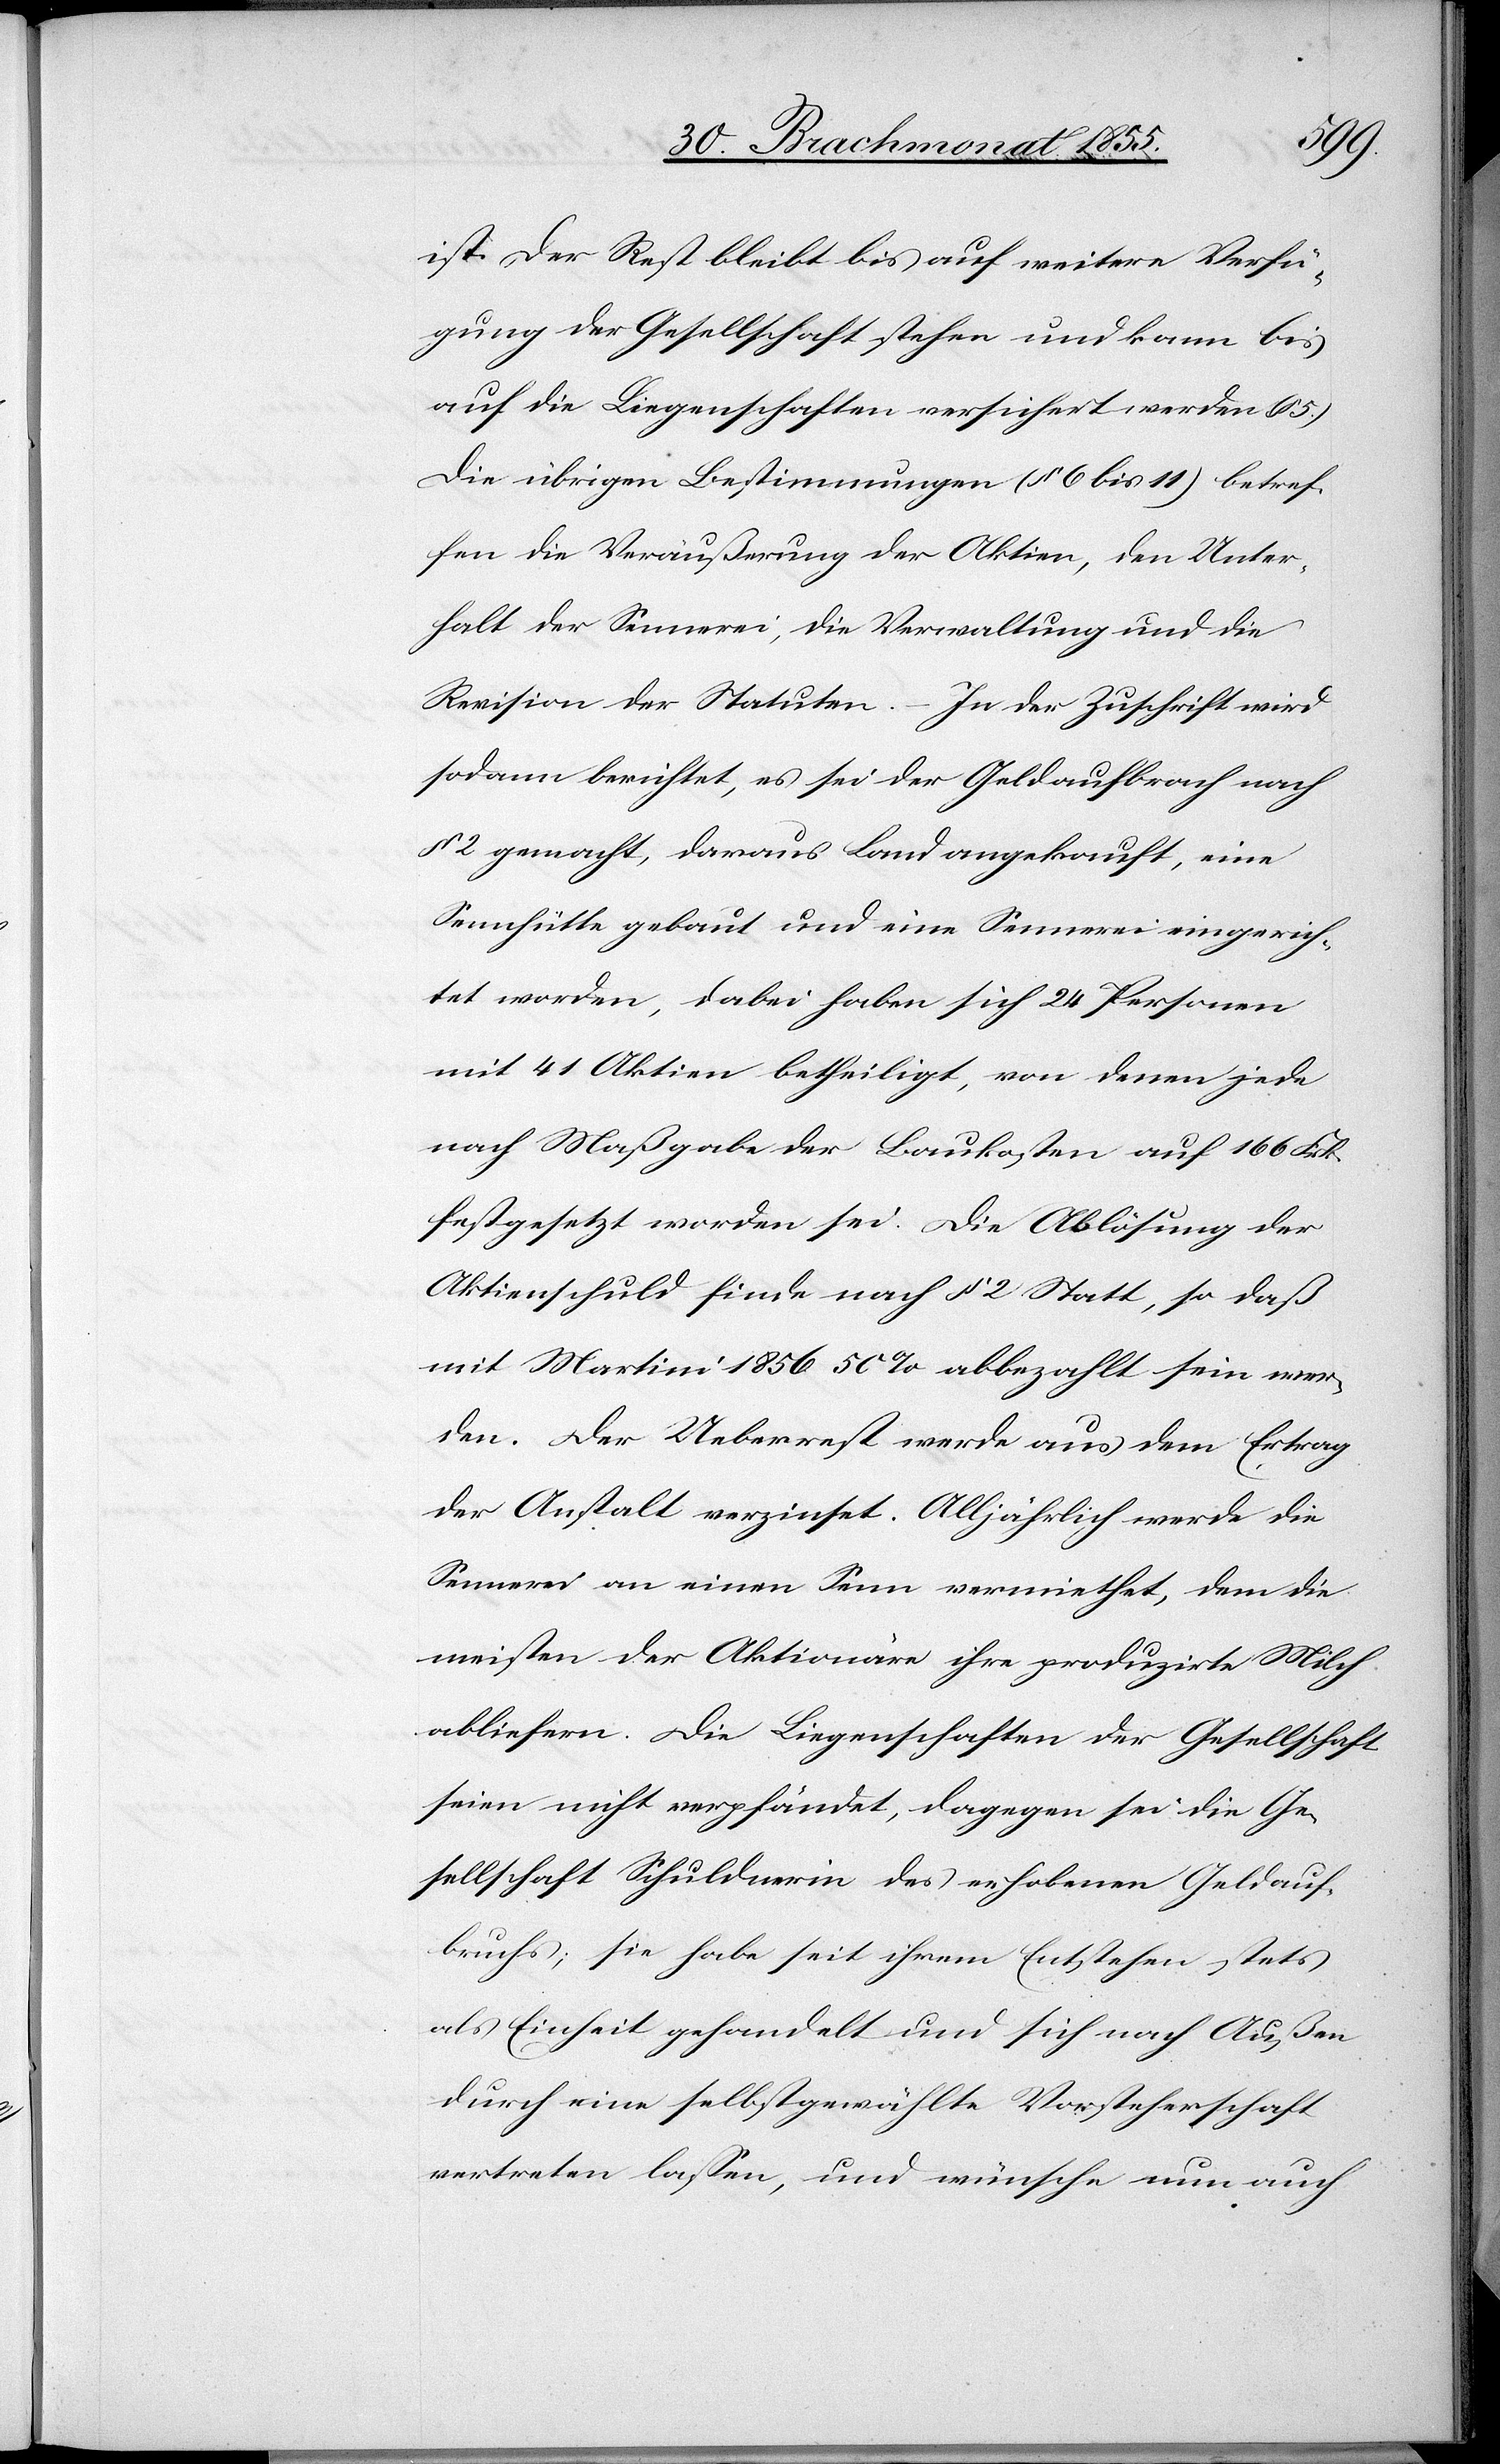
nach
ist. Der Rest bleibt bis auf weitere Verfü¬
gung der Gesellschaft stehen und kann bis
auf die Liegenschaften versichert werden (§ 5.)
Die übrigen Bestimmungen (§ 6 bis 11) betref¬
fen die Veräußerung der Aktien, den Unter¬
halt der Sennerei, die Verwaltung und die
Revision der Statuten. – In der Zuschrift wird
sodann berichtet, es sei der Geldaufbrach [rec¬
§ 2 gemacht, daraus Land angekauft, eine
Sennhütte gebaut und eine Sennerei eingerich¬
tet worden, dabei haben sich 24 Personen
mit 41 Aktien betheiligt, von denen jede
nach Maßgabe der Baukosten auf 166 Frk.
festgesetzt worden sei. Die Ablösung der
Aktienschuld finde nach § 2 Statt, so daß
mit Martini 1856 50% abbezahlt sein wer¬
den. Der Ueberrest werde aus dem Ertrag
der Anstalt verzinset. Alljährlich werde die
Sennerei an einen Senn vermiethet, dem die
meisten der Aktionäre ihre produzirte Milch
abliefern. Die Liegenschaften der Gesellschaft
seien nicht verpfändet, dagegen sei die Ge¬
sellschaft Schuldnerin des erhobenen Geldauf¬
bruchs; sie habe seit ihrem Entstehen stets
als Einheit gehandelt und sich nach Außen
durch eine selbstgewählte Vorsteherschaft
vertreten lassen, und wünsche nun auch